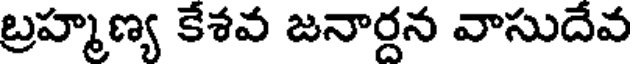
బ్రహ్మణ్య కేశవ జనార్దన వాసుదేవ